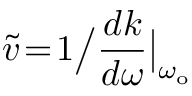
\widetilde { v } \! = \! 1 \big / \frac { d k } { d \omega } \big | _ { \omega _ { \mathrm { o } } }